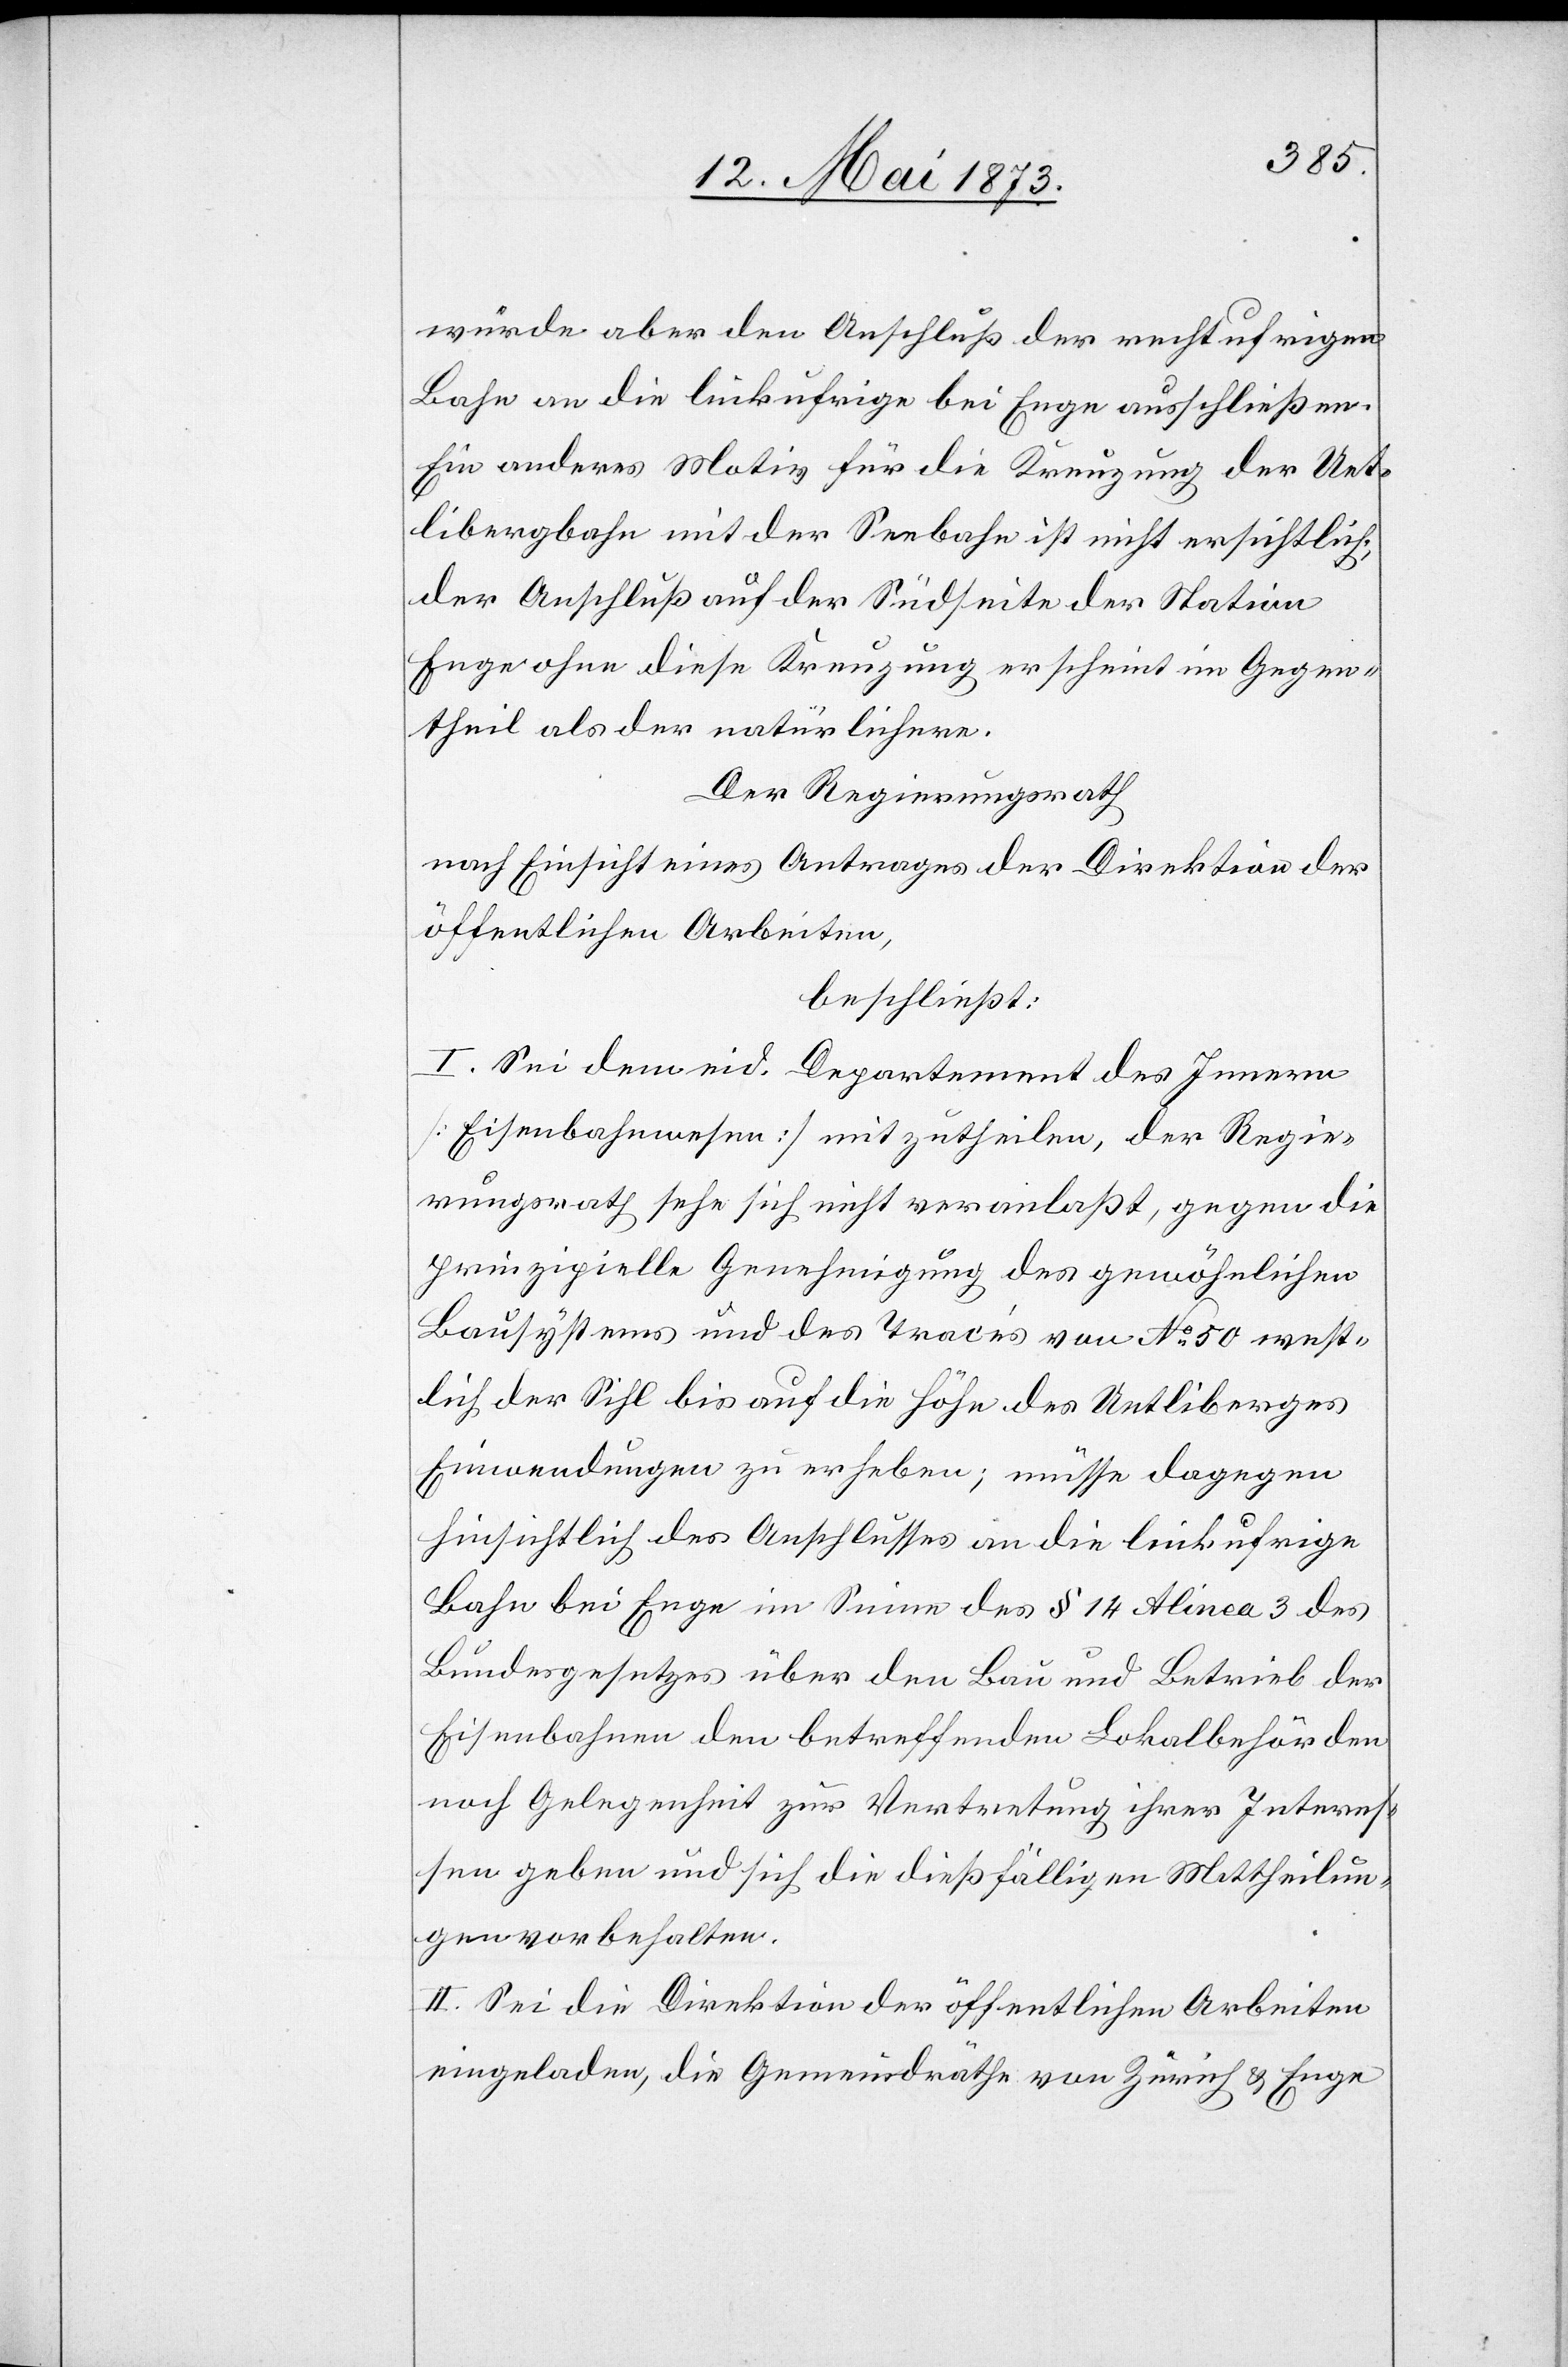
würde aber den Anschluß der rechtufrigen
Bahn an die linkufrige bei Enge ausschließen.
Ein anderes Motiv für die Kreuzung der Uet¬
libergbahn mit der Seebahn ist nicht ersichtlich,
der Anschluß auf der Südseite der Station
Enge ohne diese Kreuzung erscheint im Gegen¬
theil als der natürlichere.
Der Regierungsrath
nach Einsicht eines Antrages der Direktion der
öffentlichen Arbeiten,
beschließt:
I. Sei dem eid. Departement des Innern
[Eisenbahnwesen] mitzutheilen, der Regie¬
rungsrath sehe sich nicht veranlaßt, gegen die
prinzipielle Genehmigung des gewöhnlichen
Bausystems und des Tracés von No 50 west¬
lich der Sihl bis auf die Höhe des Uetliberges
Einwendungen zu erheben; müsse dagegen
hinsichtlich des Anschlusses an die linkufrige
Bahn bei Enge im Sinne des § 14 Alinea 3 des
Bundesgesetzes über den Bau und Betrieb der
Eisenbahnen den betreffenden Lokalbehörden
noch Gelegenheit zur Vertretung ihrer Interes¬
sen geben und sich die dießfälligen Mittheilun¬
gen vorbehalten.
II. Sei die Direktion der öffentlichen Arbeiten
eingeladen, die Gemeindräthe von Zürich & Enge